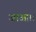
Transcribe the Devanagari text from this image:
जाआ।।